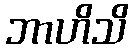
ဘာဟိသိ